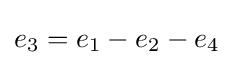
e_{3}=e_{1}-e_{2}-e_{4}